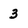
Character: 3